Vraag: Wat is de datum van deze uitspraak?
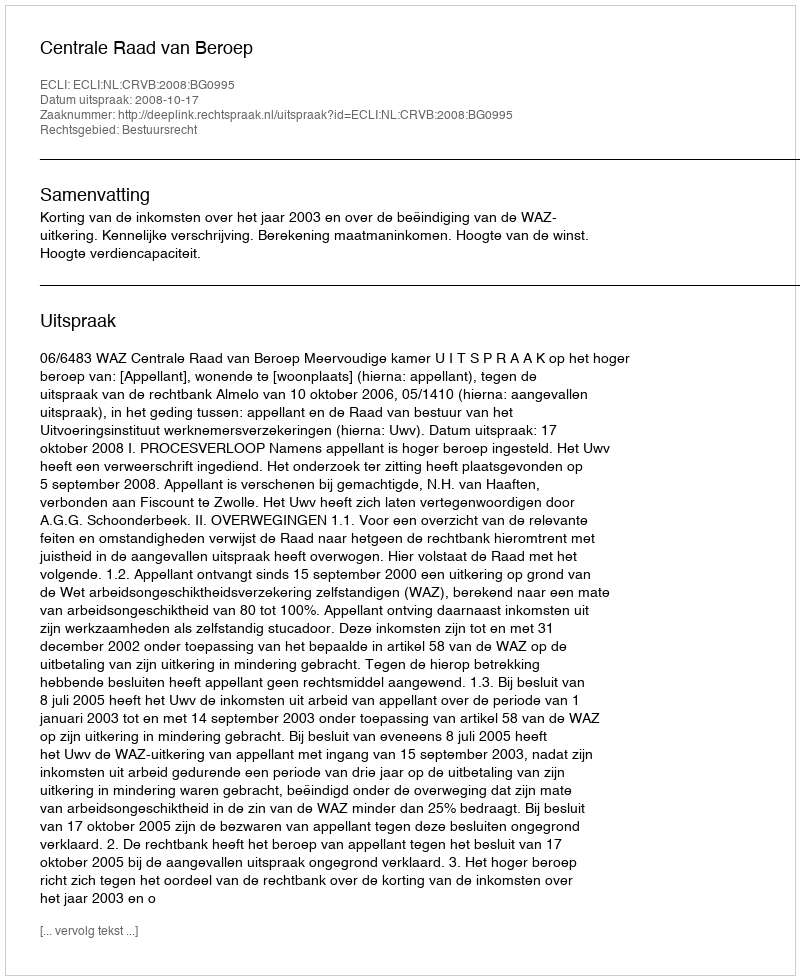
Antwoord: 2008-10-17